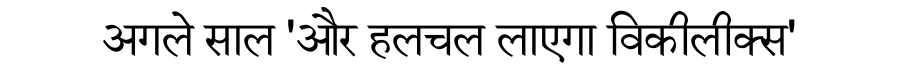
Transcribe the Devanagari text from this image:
अगले साल 'और हलचल लाएगा विकीलीक्स'